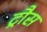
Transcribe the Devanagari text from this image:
ट्रौस